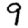
Digit: 9